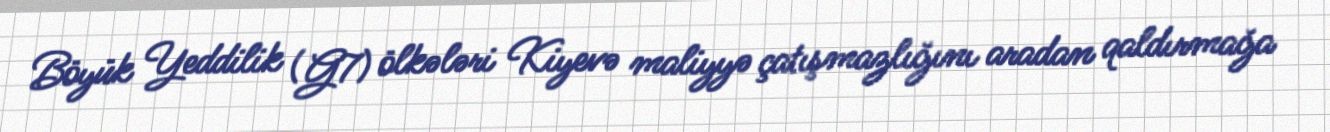
Böyük Yeddilik (G7) ölkələri Kiyevə maliyyə çatışmazlığını aradan qaldırmağa